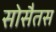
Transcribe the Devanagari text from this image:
सोसैतस